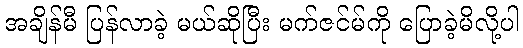
အချိန်မီ ပြန်လာခဲ့ မယ်ဆိုပြီး မက်ဇင်မ်ကို ပြောခဲ့မိလို့ပါ